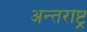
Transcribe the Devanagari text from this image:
अन्तराष्ट्र